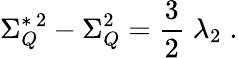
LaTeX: \Sigma_{Q}^{*\, 2}-\Sigma_{Q}^{2}=\frac{3}{2}\; \lambda_{2}\; .